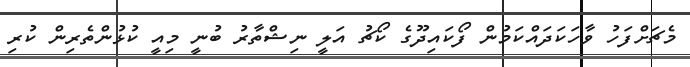
މެޗަށްފަހު ވާހަކަދައްކަމުން ފޯކައިދޫގެ ކޯޗު އަލީ ނިޝްތާރު ބުނީ މިއީ ކުޅުންތެރިން ކުރި